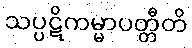
သပ္ပဋိကမ္မာပတ္တီတိ